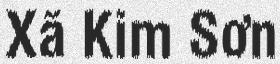
Xã Kim Sơn